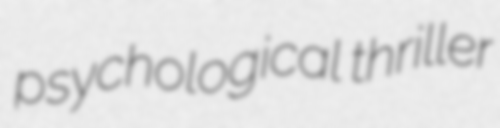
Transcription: psychological thriller